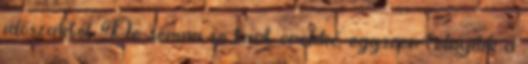
időszaktól. De semmi se tart örökké, egyszer felnyílik a